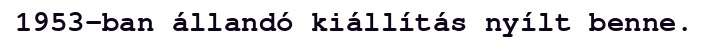
1953-ban állandó kiállítás nyílt benne.